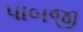
પાબજી